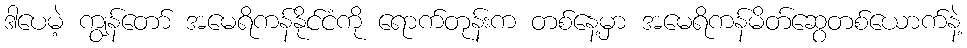
ဒါပေမဲ့ ကျွန်တော် အမေရိကန်နိုင်ငံကို ရောက်တုန်းက တစ်နေ့မှာ အမေရိကန်မိတ်ဆွေတစ်ယောက်နဲ့